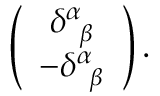
\left( \begin{array} { c } { { \delta _ { \; \; \beta } ^ { \alpha } } } \\ { { - \delta _ { \; \; \beta } ^ { \alpha } } } \end{array} \right) .